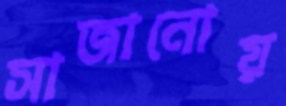
সাজানোয়